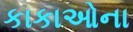
કાકાઓના